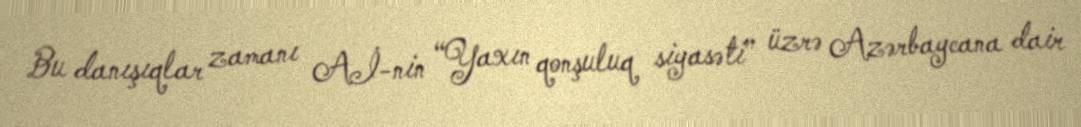
Bu danışıqlar zamanı Aİ-nin “Yaxın qonşuluq siyasəti” üzrə Azərbaycana dair